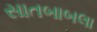
સાતબાબલા